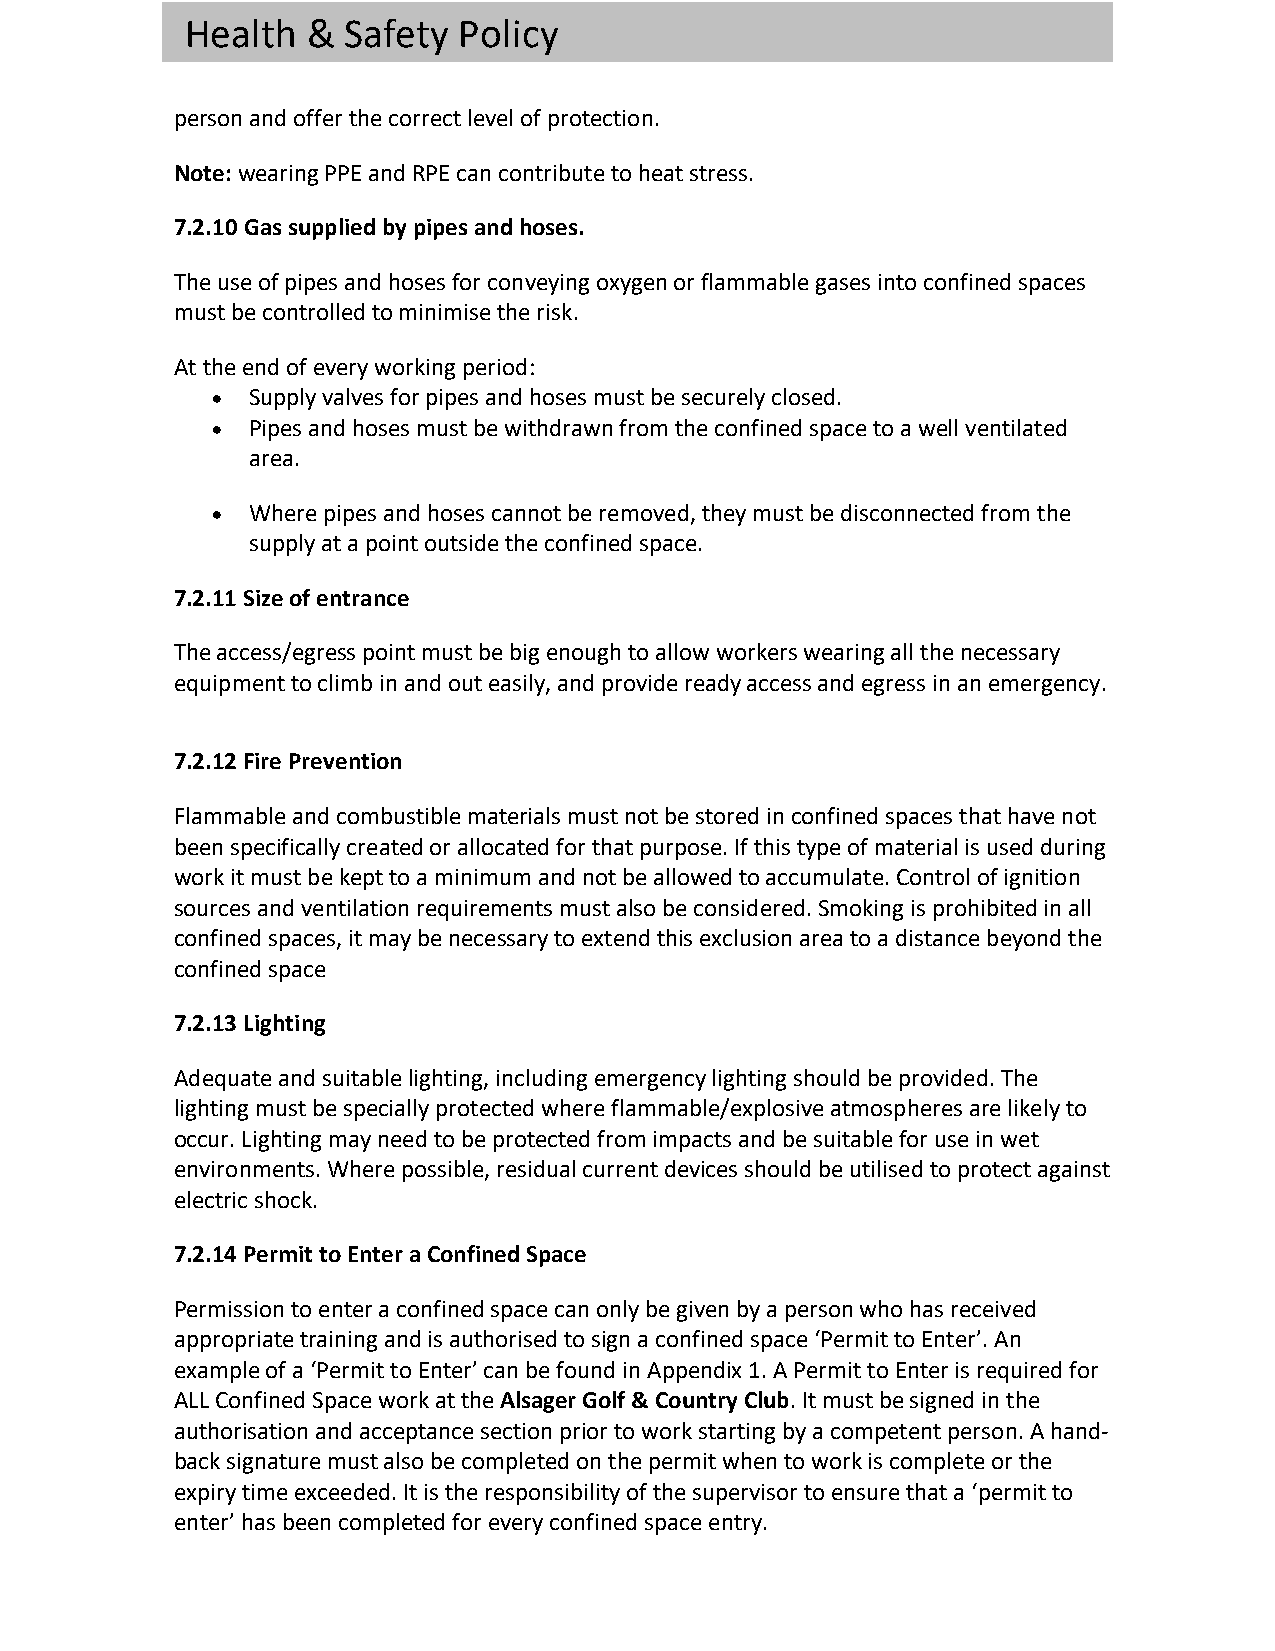
Health  &  Safety Policy
 person and offer the correct level of protection.
 Note: wearing PPE and RPE can contribute to heat stress.
 7.2.10 Gas supplied by pipes and hoses.
 The use of pipes and hoses for conveying oxygen or flammable gases into confined spaces
 must be controlled to minimise the risk.
 At the end of every working period:
 • Supply valves for pipes and hoses must be securely closed.
 • Pipes and hoses must be withdrawn from the confined space to a well ventilated
 area.
 • Where pipes and hoses cannot be removed, they must be disconnected from the
 supply at a point outside the confined space.
 7.2.11 Size of entrance
 The access/egress point must be big enough to allow workers wearing all the necessary
 equipment to climb in and out easily, and provide ready access and egress in an emergency.
 7.2.12 Fire Prevention
 Flammable and combustible materials must not be stored in confined spaces that have not
 been specifically created or allocated for that purpose. If this type of material is used during
 work it must be kept to a minimum and not be allowed to accumulate. Control of ignition
 sources and ventilation requirements must also be considered. Smoking is prohibited in all
 confined spaces, it may be necessary to extend this exclusion area to a distance beyond the
 confined space
 7.2.13 Lighting
 Adequate and suitable lighting, including emergency lighting should be provided. The
 lighting must be specially protected where flammable/explosive atmospheres are likely to
 occur. Lighting may need to be protected from impacts and be suitable for use in wet
 environments. Where possible, residual current devices should be utilised to protect against
 electric shock.
 7.2.14 Permit to Enter a Confined Space
 Permission to enter a confined space can only be given by a person who has received
 appropriate training and is authorised to sign a confined space ‘Permit to Enter’. An
 example of a ‘Permit to Enter’ can be found in Appendix 1. A Permit to Enter is required for
 ALL Confined Space work at the Alsager Golf & Country Club. It must be signed in the
 authorisation and acceptance section prior to work starting by a competent person. A hand-
 back signature must also be completed on the permit when to work is complete or the
 expiry time exceeded. It is the responsibility of the supervisor to ensure that a ‘permit to
 enter’ has been completed for every confined space entry.